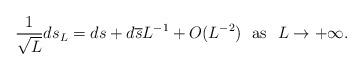
LaTeX: \begin{align*}\frac{1}{\sqrt{L}}ds_L=ds+d\overline{s}L^{-1}+O(L^{-2}) ~~{\rm as}~~L\rightarrow +\infty.\end{align*}